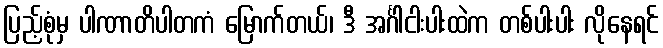
ပြည့်စုံမှ ပါဏာတိပါတကံ မြောက်တယ်၊ ဒီ အင်္ဂါငါးပါးထဲက တစ်ပါးပါး လိုနေရင်